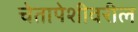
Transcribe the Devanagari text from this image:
चेतापेशीवरील